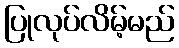
ပြုလုပ်လိမ့်မည်